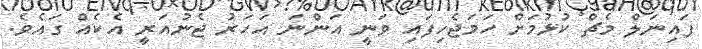
ފައިނަލް މެޗް ކުޅުމަށް ހަމަޖެހިފައި ވަނީ އަންނަ އަހަރު ޖެނުއަރީ އެކެއް ގައެވެ.